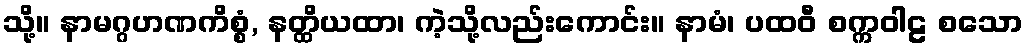
သို့။ နာမဂ္ဂဟဏကိစ္စံ, နတ္ထိယထာ၊ ကဲ့သို့လည်းကောင်း။ နာမံ၊ ပထဝီ စက္ကဝါဠ စသော